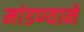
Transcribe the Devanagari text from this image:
मांडण्याने